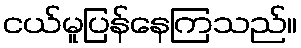
ငယ်မူပြန်နေကြသည်။